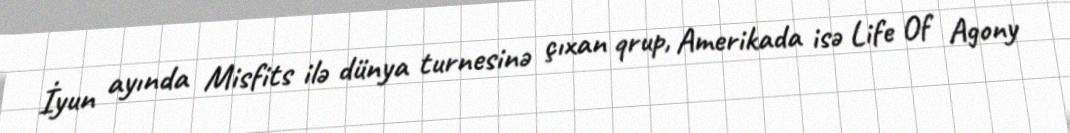
İyun ayında Misfits ilə dünya turnesinə çıxan qrup, Amerikada isə Life Of Agony